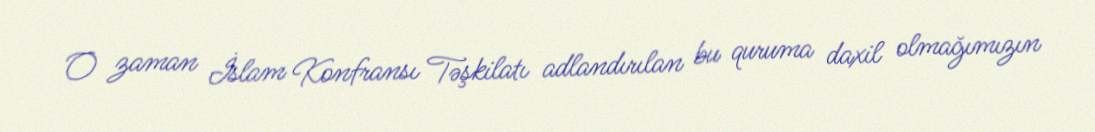
O zaman İslam Konfransı Təşkilatı adlandırılan bu quruma daxil olmağımızın